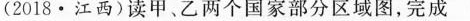
(2018·江西)读甲、乙两个国家部分区域图，完成